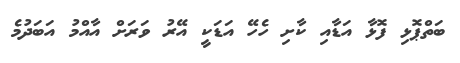
ބަތްޕޮޅި ފޮޅާ އަޑާއި ކާށި ހެހޭ އަޑަކީ އޭރު ވަރަށް އާއްމު އަބަދުމެ